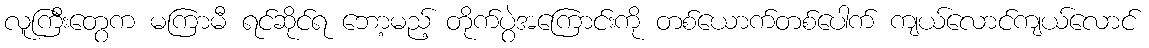
လူကြီးတွေက မကြာမီ ရင်ဆိုင်ရ ဘော့မည့် တိုက်ပွဲအကြောင်းကို တစ်ယောက်တစ်ပေါက် ကျယ်လောင်ကျယ်လောင်